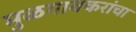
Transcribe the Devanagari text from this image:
मुळगावकरांचा